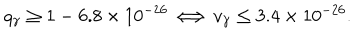
q _ { \gamma } \geq 1 - 6 . 8 \times 1 0 ^ { - 2 6 } \Longleftrightarrow v _ { \gamma } \leq 3 . 4 \times 1 0 ^ { - 2 6 } .